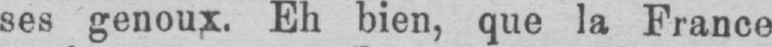
ses genoux. Eh bien, que la France